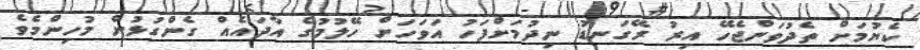
ކެޔުމަށް ތެދުވަންޖެހޭ އިރު ރޭގަނޑު ނިދުމަށްފަހު އަވަހަށް ހޭލުމުގެ އާދައެއް ގެންގުޅުން މުހިންމެވެ